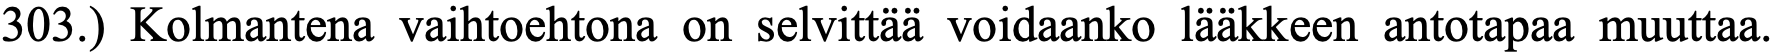
303.) Kolmantena vaihtoehtona on selvittää voidaanko lääkkeen antotapaa muuttaa.